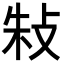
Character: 𢼲